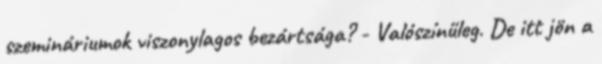
szemináriumok viszonylagos bezártsága? - Valószínűleg. De itt jön a